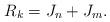
LaTeX: \begin{align*} R_k=J_n+J_m.\end{align*}